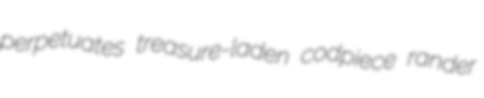
perpetuates treasure-laden codpiece rander